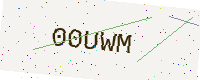
Text: 00UWM